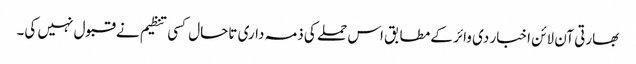
بھارتی آن لائن اخبار دی وائر کے مطابق اس حملے کی ذمہ داری تاحال کسی تنظیم نے قبول نہیں کی۔